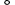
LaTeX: \textdegree